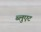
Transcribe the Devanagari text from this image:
ब्लुएट